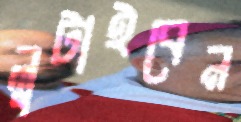
লুটাইবেন